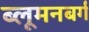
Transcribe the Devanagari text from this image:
ब्लूमनबर्ग